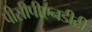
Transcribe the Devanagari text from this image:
पीसीपीएनडीटी